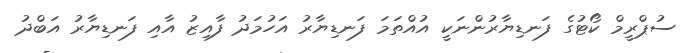
ސުޕްރީމް ކޯޓުގެ ފަނޑިޔާރުންނަކީ އުއްތަމަ ފަނޑިޔާރު އަހުމަދު ފާއިޒު އާއި ފަނޑިޔާރު އަބްދު